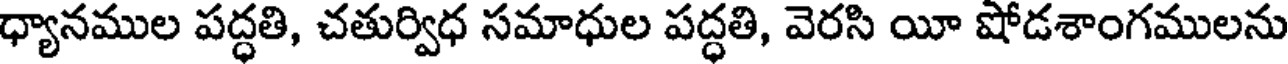
ధ్యానముల పద్ధతి, చతుర్విధ సమాధుల పద్ధతి, వెరసి యీ షోడశాంగములను